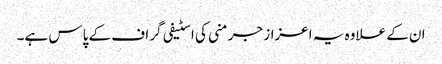
ان کے علاوہ یہ اعزاز جرمنی کی اسٹیفی گراف کے پاس ہے۔